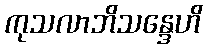
ကုသလာဘိသန္ဒေဟိ